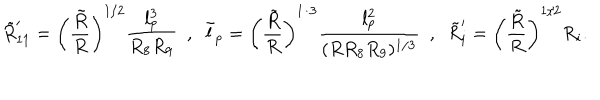
LaTeX: \tilde { R } _ { 1 1 } ^ { \prime } = \left( \frac { \tilde { R } } { R } \right) ^ { 1 / 2 } \frac { l _ { p } ^ { 3 } } { R _ { 8 } R _ { 9 } } \ \ , \ \ \tilde { l } _ { p } = \left( \frac { \tilde { R } } { R } \right) ^ { 1 / 3 } \frac { l _ { p } ^ { 2 } } { ( R R _ { 8 } R _ { 9 } ) ^ { 1 / 3 } } \ \ , \ \ \tilde { R } _ { i } ^ { \prime } = \left( \frac { \tilde { R } } { R } \right) ^ { 1 / 2 } R _ { i } .